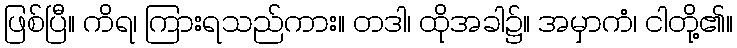
ဖြစ်ပြီ။ ကိရ၊ ကြားရသည်ကား။ တဒါ၊ ထိုအခါ၌။ အမှာကံ၊ ငါတို့၏။